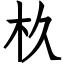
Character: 杦